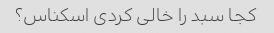
کجا سبد را خالی کردی اسکناس؟